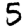
Digit: 5